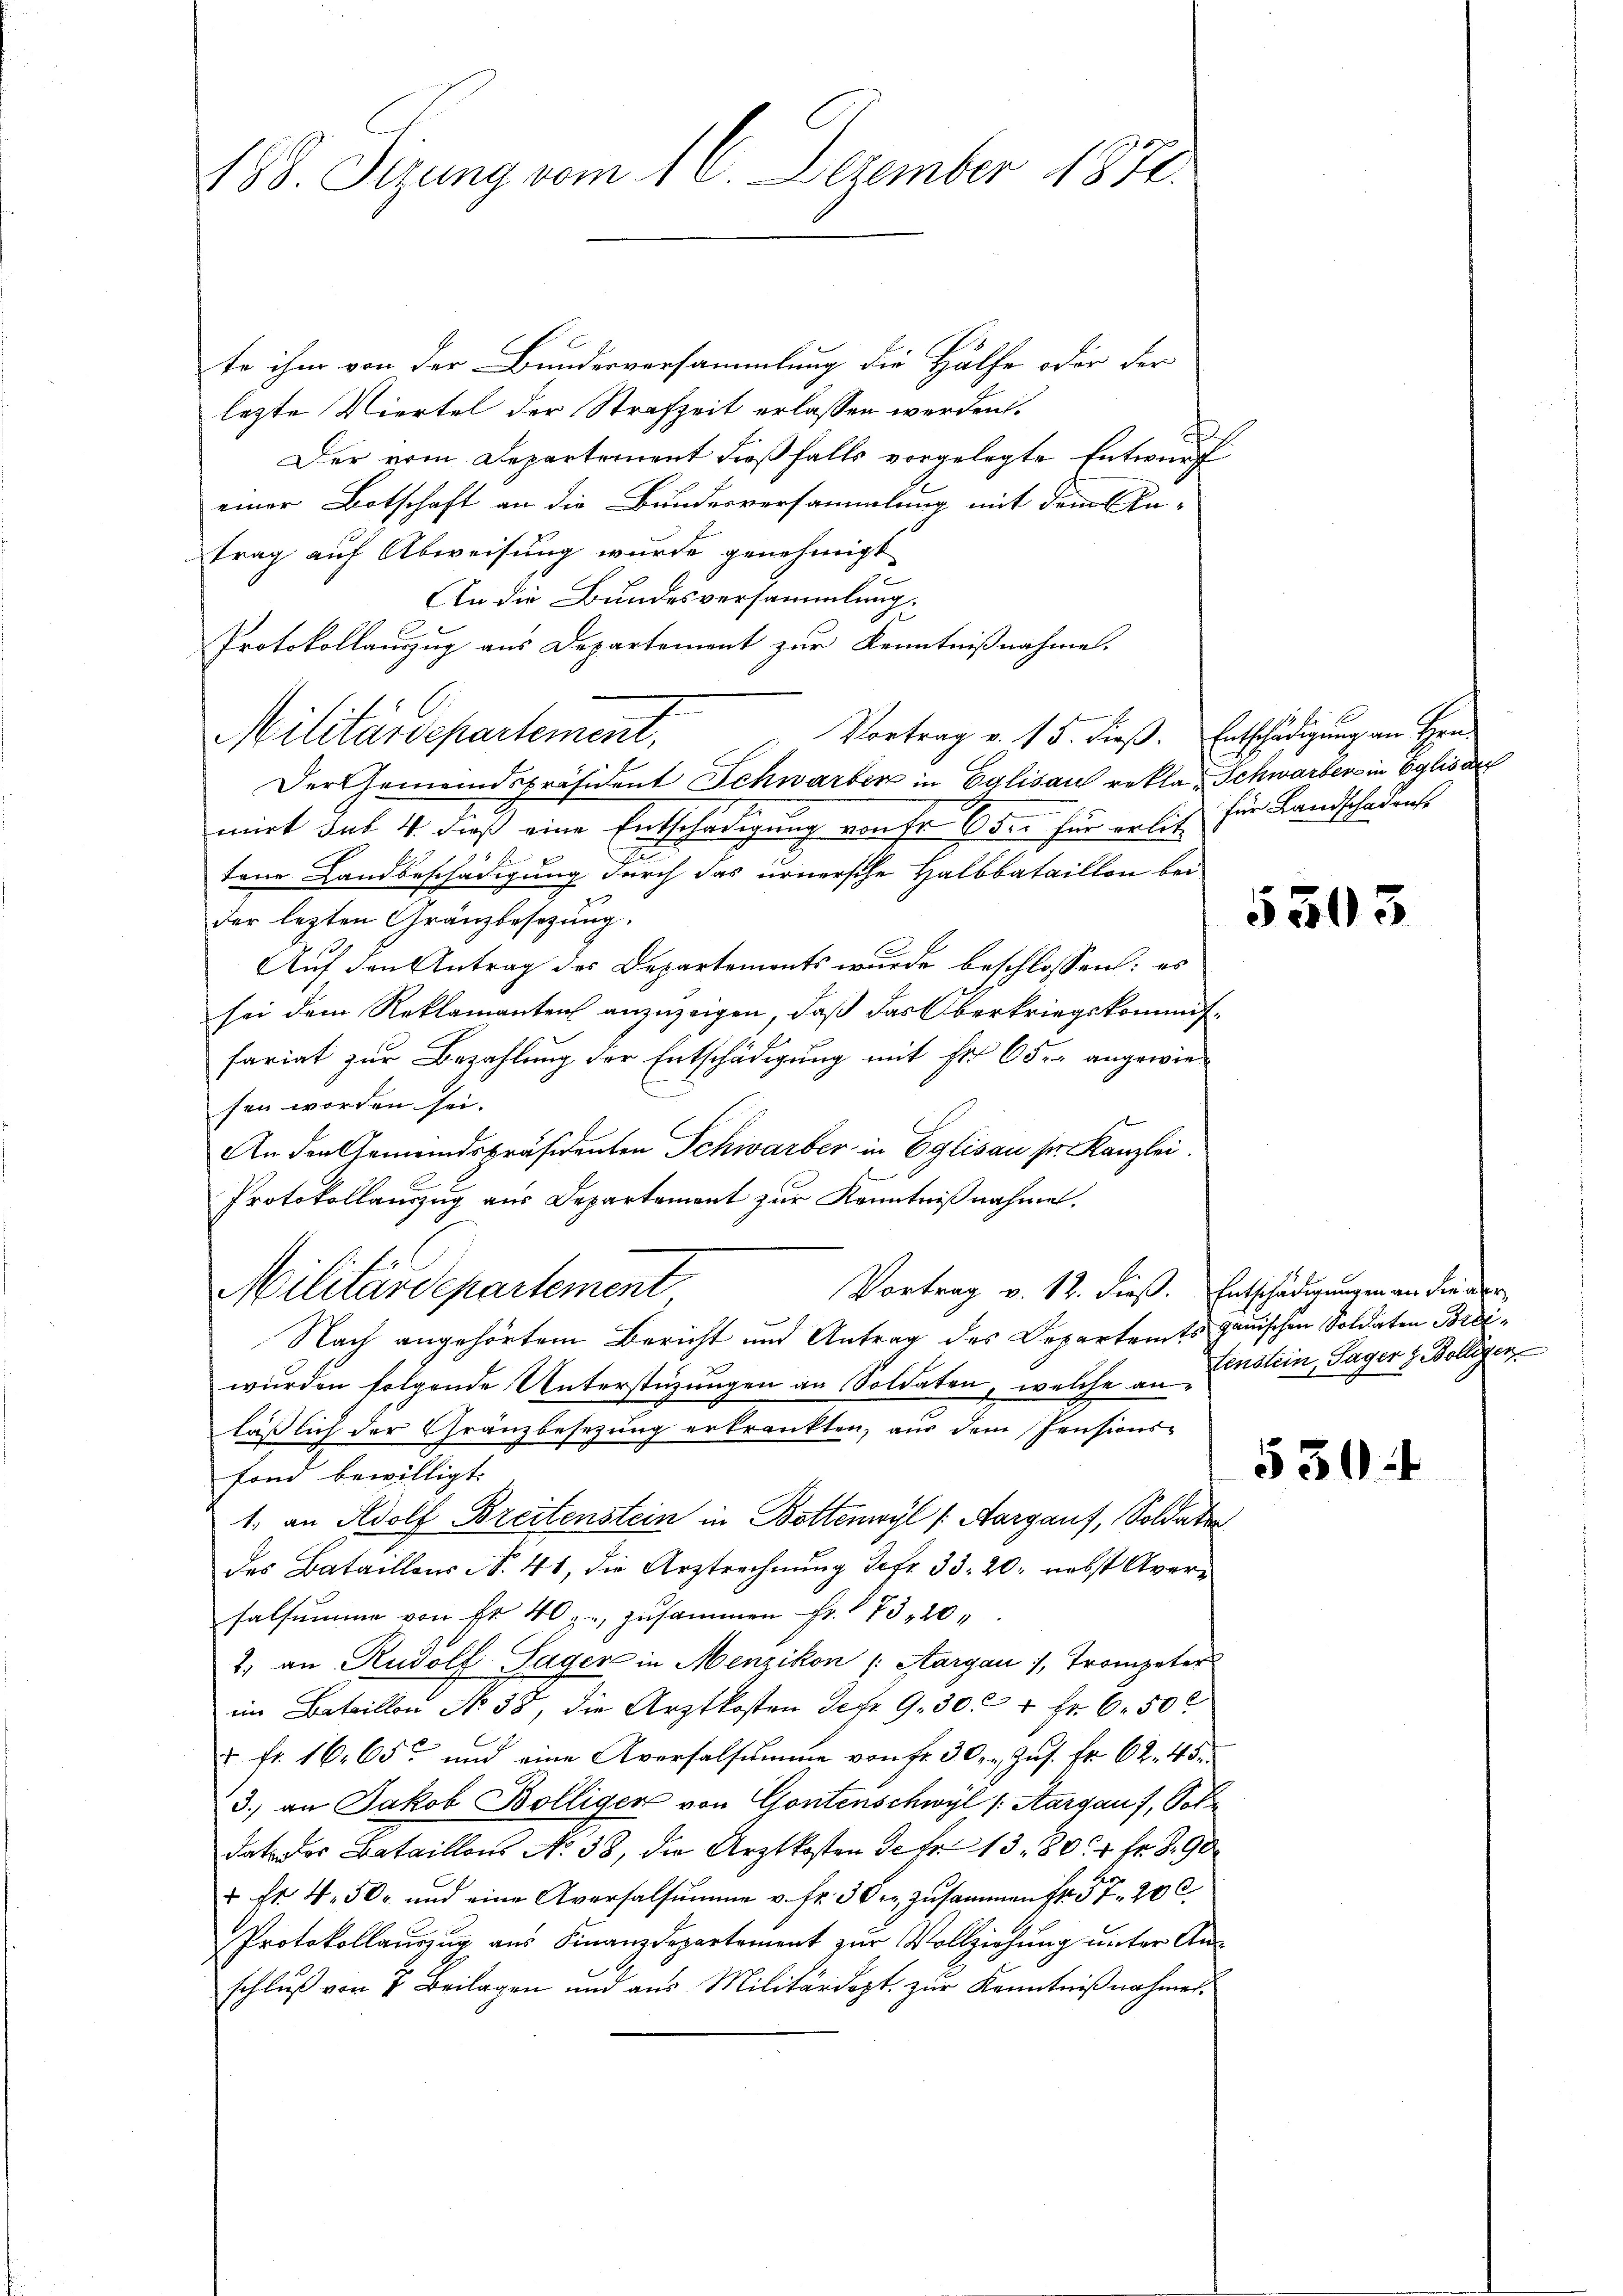
488. Sizung vom 16. Dezember 1871.

te ihm von der Bundesversammlung die Hälfe oder der
lezte Viertel der Strafzeit erlassen werden.
Der vom Departement dießfalls vorgelegte Entwurf
einer Botschaft an die Bundesversammlung mit dem Antrag auf Abweisung wurde genehmigt.
An die Bundesversammlung.
Protokollauszug aus Departement zur Kenntnißnahme.
Vortrag v. 15. dieβ. Entschädigung an Hrn.
Militärdepartement,
Der Gemeindspräsident Schwarter in Eglisau rekla - Schwarter in Eglis der
mirt das 4. dieß eine Entschädigung von Fr. 6 der für erlich für Landschadense
F
tene Landbeschädigung durch das urnersche Halbbataillon bei
der lezten Gränzbesezung.
Auf den Antrag des Departements wurde beschlossen: es
sei dem Reklamanten anzuzeigen, daß das Oberkriegskommisfariat zur Bezahlung der Entschädigung mit Fr. 65. angewiesen worden sei.
An den Gemeindspräsidenten Schwarber in Eglisau sr. Kanzlei.
Protokollauszug aus Departement zur Kenntnißnahmen.
Militärdepartement
Vortrag v. 12. dieß. Entschädigungen an die vor
Nach angehörtem Bericht und Antrag des Departamts gauischen Soldaten Breiwurden folgende Unterstüzungen an Soldaten, welche an Einstein, Tager z. Bollegen
läßlich der Gränzbesezung erkrankten, aus dem Pensions-
fond bewilligt.
1. an Adolf Breitenstein in Bottenwyl (Aargauf, Soldaten
des Bataillons No. 41, die Arztrechnung der 33. 20. nebst Aversalsumme von Fr. 40. zusammen Fr. 173, 20
2) an Rudolf Lager in Menzikon (Aargau, Trompeter
im Bataillon No 38, die Arztkosten der 9. 30. 4 Fr. 6 50
 fr. 16. 65 und eine Aversalsumme von fr. 30. - Zŭs. Fr. 62. 45
3.) an Jakob Bölligen von Gontenschwyl (Aargau, Sole
dato des Bataillons No 38, die Arztkosten de fr. 13. 80. 4 fr 8. 90
 ft 450 und eine Aversalsumme v. fr. 3 der zusammen Fr. 57. 200.
Protokollauszug aus Finanzdepartement zur Vollziehung unter Anschlŭβ von 7 Beilagen und aus Militärdept. zŭr Kenntniβnahmer

550

3

530.